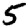
Digit: 5